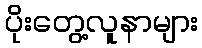
ပိုးတွေ့လူနာများ